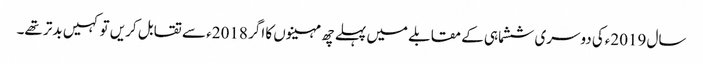
سال 2019ءکی دوسری ششماہی کے مقابلے میں پہلے چھ مہینوں کا اگر 2018ء سے تقابل کریں تو کہیں بدتر تھے۔